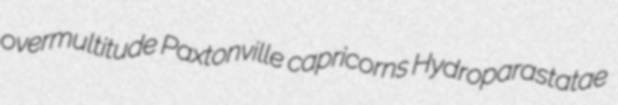
overmultitude Paxtonville capricorns Hydroparastatae